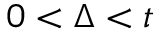
0 < \Delta < t